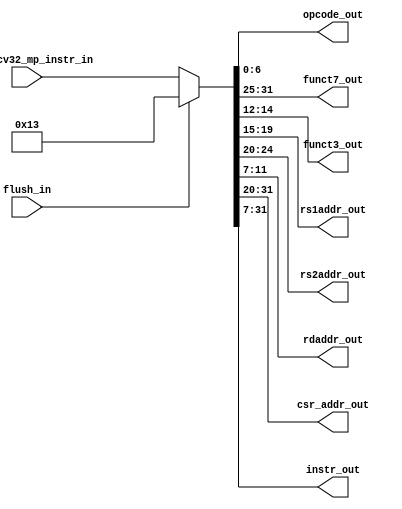
module msrv32_instruction_mux (input flush_in,
                        input [31:0] ms_riscv32_mp_instr_in,
                        output [6:0] opcode_out,funct7_out,
                        output [2:0] funct3_out,
                        output [4:0] rs1addr_out,rs2addr_out,rdaddr_out,
                        output [11:0] csr_addr_out,
                        output [24:0] instr_out);
wire [31:0] instr_mux;
assign instr_mux = flush_in ? 32'h00000013 : ms_riscv32_mp_instr_in; //when flush_in is set, it is the machine code for no operation (NOP)
assign opcode_out = instr_mux[6:0];
assign funct3_out = instr_mux[14:12];
assign funct7_out = instr_mux[31:25];
assign csr_addr_out = instr_mux[31:20];
assign rs1addr_out = instr_mux[19:15];
assign rs2addr_out = instr_mux[24:20];
assign rdaddr_out = instr_mux[11:7];
assign instr_out = instr_mux[31:7];
endmodule